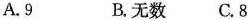
A.9 B.无数 C.8